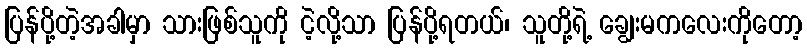
ပြန်ပို့တဲ့အခါမှာ သားဖြစ်သူကို ငဲ့လို့သာ ပြန်ပို့ရတယ်၊ သူတို့ရဲ့ ချွေးမကလေးကိုတော့